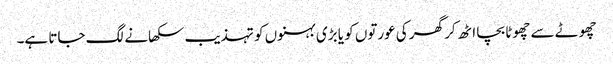
چھوٹے سے چھوٹا بچا اٹھ کر گھر کی عورتوں کو یا بڑی بہنوں کو تہذیب سکھانے لگ جاتا ہے۔